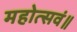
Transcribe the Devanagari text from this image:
महोत्सवं॥